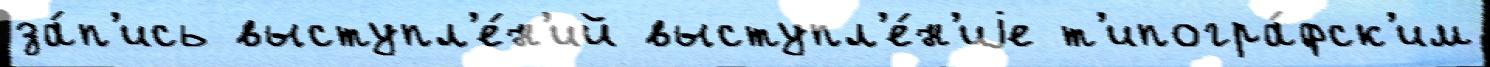
за́п'ись выступл'е́н'ий выступл'е́н'иjе т'ипогра́фск'им